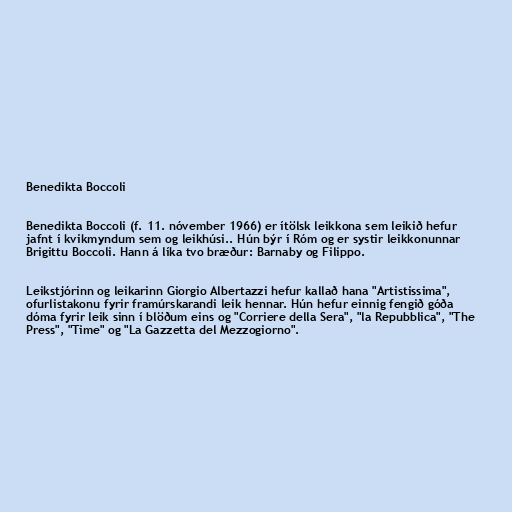
Benedikta Boccoli

Benedikta Boccoli (f. 11. nóvember 1966) er ítölsk leikkona sem leikið hefur
jafnt í kvikmyndum sem og leikhúsi.. Hún býr í Róm og er systir leikkonunnar
Brigittu Boccoli. Hann á líka tvo bræður: Barnaby og Filippo.

Leikstjórinn og leikarinn Giorgio Albertazzi hefur kallað hana "Artistissima",
ofurlistakonu fyrir framúrskarandi leik hennar. Hún hefur einnig fengið góða
dóma fyrir leik sinn í blöðum eins og "Corriere della Sera", "la Repubblica", "The
Press", "Time" og "La Gazzetta del Mezzogiorno".